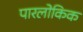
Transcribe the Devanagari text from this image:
पारलोकिक